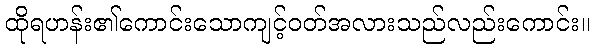
ထိုရဟန်း၏ကောင်းသောကျင့်ဝတ်အလားသည်လည်းကောင်း။